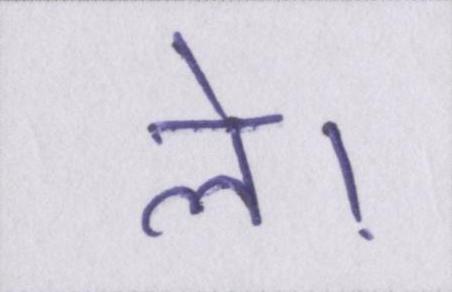
ले।